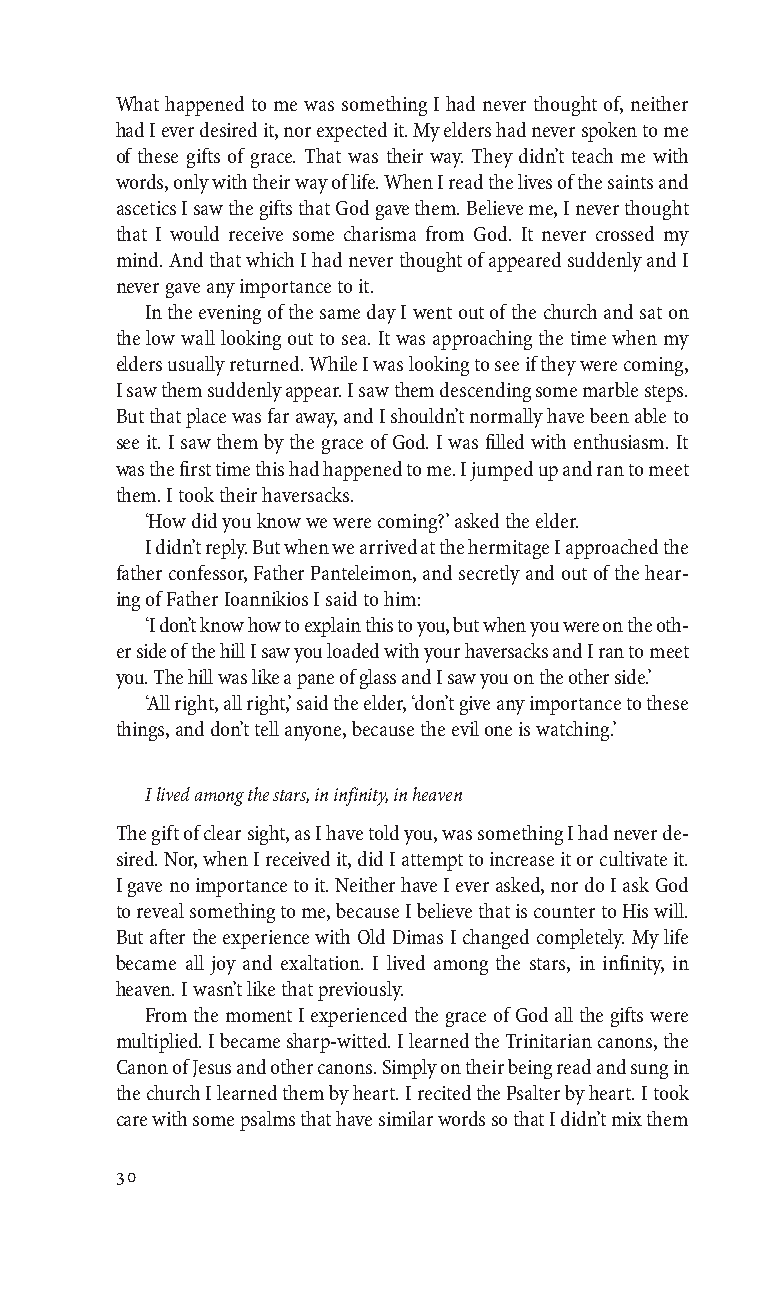
TELIKO BIBLIO small caps 17-07-08 12:44 Page 30
 What happened to me was something I had never thought of, neither
 had I ever desired it, nor expected it. My elders had never spoken to me
 of these gifts of grace. That was their way. They didn’t teach me with
 words, only with their way of life. When I read the lives of the saints and
 ascetics I saw the gifts that God gave them. Believe me, I never thought
 that I would receive some charisma from God. It never crossed my
 mind. And that which I had never thought of appeared suddenly and I
 never gave any importance to it.
 In the evening of the same day I went out of the church and sat on
 the low wall looking out to sea. It was approaching the time when my
 elders usually returned. While I was looking to see if they were coming,
 I saw them suddenly appear. I saw them descending some marble steps.
 But that place was far away, and I shouldn’t normally have been able to
 see it. I saw them by the grace of God. I was filled with enthusiasm. It
 was the first time this had happened to me. I jumped up and ran to meet
 them. I took their haversacks.
 ‘How did you know we were coming?’ asked the elder.
 I didn’t reply. But when we arrived at the hermitage I approached the
 father confessor, Father Panteleimon, and secretly and out of the hear-
 ing of Father Ioannikios I said to him:
 ‘I don’t know how to explain this to you, but when you were on the oth-
 er side of the hill I saw you loaded with your haversacks and I ran to meet
 you. The hill was like a pane of glass and I saw you on the other side.’
 ‘All right, all right,’ said the elder, ‘don’t give any importance to these
 things, and don’t tell anyone, because the evil one is watching.’
 I lived among the stars,in infinity,in heaven
 The gift of clear sight, as I have told you, was something I had never de-
 sired. Nor, when I received it, did I attempt to increase it or cultivate it.
 I gave no importance to it. Neither have I ever asked, nor do I ask God
 to reveal something to me, because I believe that is counter to His will.
 But after the experience with Old Dimas I changed completely. My life
 became all joy and exaltation. I lived among the stars, in infinity, in
 heaven. I wasn’t like that previously.
 From the moment I experienced the grace of God all the gifts were
 multiplied. I became sharp-witted. I learned the Trinitarian canons, the
 Canon of Jesus and other canons. Simply on their being read and sung in
 the church I learned them by heart. I recited the Psalter by heart. I took
 care with some psalms that have similar words so that I didn’t mix them
 30